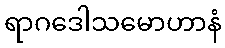
ရာဂဒေါသမောဟာနံ